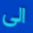
الى